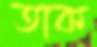
তাক